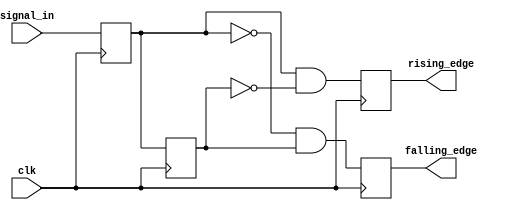
module dual_edge_detector (
    input wire clk,              // Clock signal
    input wire signal_in,        // Input signal to detect edges
    output reg rising_edge,      // Output signal for rising edge detection
    output reg falling_edge      // Output signal for falling edge detection
);

    reg prev_state;              // Previous state of the input signal
    reg curr_state;              // Current state of the input signal

    // Sequential logic to update states on the rising edge of the clock
    always @(posedge clk) begin
        // Capture the current state of the input signal
        curr_state <= signal_in;
        
        // Edge detection logic
        rising_edge <= (curr_state && !prev_state);   // Rising edge detected
        falling_edge <= (!curr_state && prev_state);  // Falling edge detected
        
        // Update previous state for the next clock cycle
        prev_state <= curr_state;
    end

    // Initialize outputs to zero
    initial begin
        rising_edge = 0;
        falling_edge = 0;
        prev_state = 0;
        curr_state = 0;
    end

endmodule